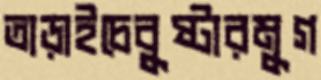
তাড়াইচেবুষ্টারমুগ